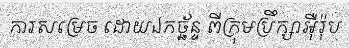
ការសម្រេច ដោយឯកច្ឆ័ន្ទ ពីក្រុមប្រឹក្សាអ៊ឺរ៉ុប